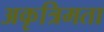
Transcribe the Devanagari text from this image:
अकृत्रिमता